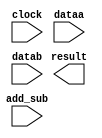
// megafunction wizard: %ALTFP_ADD_SUB%VBB%
// GENERATION: STANDARD
// VERSION: WM1.0
// MODULE: altfp_add_sub 

// ============================================================
// Megafunction Name(s):
// 			altfp_add_sub
//
// Simulation Library Files(s):
// 			lpm
// ============================================================
// ************************************************************
// THIS IS A WIZARD-GENERATED FILE. DO NOT EDIT THIS FILE!
//
// 12.1 Build 243 01/31/2013 SP 1 SJ Full Version
// ************************************************************

//Copyright (C) 1991-2012 Altera Corporation
//Your use of Altera Corporation's design tools, logic functions 
//and other software and tools, and its AMPP partner logic 
//functions, and any output files from any of the foregoing 
//(including device programming or simulation files), and any 
//associated documentation or information are expressly subject 
//to the terms and conditions of the Altera Program License 
//Subscription Agreement, Altera MegaCore Function License 
//Agreement, or other applicable license agreement, including, 
//without limitation, that your use is for the sole purpose of 
//programming logic devices manufactured by Altera and sold by 
//Altera or its authorized distributors.  Please refer to the 
//applicable agreement for further details.

module fp_add_sub (
	add_sub,
	clock,
	dataa,
	datab,
	result)/* synthesis synthesis_clearbox = 1 */;

	input	  add_sub;
	input	  clock;
	input	[31:0]  dataa;
	input	[31:0]  datab;
	output	[31:0]  result;

endmodule

// ============================================================
// CNX file retrieval info
// ============================================================
// Retrieval info: PRIVATE: FPM_FORMAT NUMERIC "0"
// Retrieval info: PRIVATE: INTENDED_DEVICE_FAMILY STRING "Stratix III"
// Retrieval info: PRIVATE: SYNTH_WRAPPER_GEN_POSTFIX STRING "0"
// Retrieval info: PRIVATE: WIDTH_DATA NUMERIC "32"
// Retrieval info: LIBRARY: altera_mf altera_mf.altera_mf_components.all
// Retrieval info: CONSTANT: DENORMAL_SUPPORT STRING "NO"
// Retrieval info: CONSTANT: DIRECTION STRING "VARIABLE"
// Retrieval info: CONSTANT: INTENDED_DEVICE_FAMILY STRING "Stratix III"
// Retrieval info: CONSTANT: OPTIMIZE STRING "SPEED"
// Retrieval info: CONSTANT: PIPELINE NUMERIC "7"
// Retrieval info: CONSTANT: REDUCED_FUNCTIONALITY STRING "NO"
// Retrieval info: CONSTANT: WIDTH_EXP NUMERIC "8"
// Retrieval info: CONSTANT: WIDTH_MAN NUMERIC "23"
// Retrieval info: USED_PORT: add_sub 0 0 0 0 INPUT NODEFVAL "add_sub"
// Retrieval info: USED_PORT: clock 0 0 0 0 INPUT NODEFVAL "clock"
// Retrieval info: USED_PORT: dataa 0 0 32 0 INPUT NODEFVAL "dataa[31..0]"
// Retrieval info: USED_PORT: datab 0 0 32 0 INPUT NODEFVAL "datab[31..0]"
// Retrieval info: USED_PORT: result 0 0 32 0 OUTPUT NODEFVAL "result[31..0]"
// Retrieval info: CONNECT: @add_sub 0 0 0 0 add_sub 0 0 0 0
// Retrieval info: CONNECT: @clock 0 0 0 0 clock 0 0 0 0
// Retrieval info: CONNECT: @dataa 0 0 32 0 dataa 0 0 32 0
// Retrieval info: CONNECT: @datab 0 0 32 0 datab 0 0 32 0
// Retrieval info: CONNECT: result 0 0 32 0 @result 0 0 32 0
// Retrieval info: GEN_FILE: TYPE_NORMAL fp_add_sub.v TRUE
// Retrieval info: GEN_FILE: TYPE_NORMAL fp_add_sub.inc FALSE
// Retrieval info: GEN_FILE: TYPE_NORMAL fp_add_sub.cmp FALSE
// Retrieval info: GEN_FILE: TYPE_NORMAL fp_add_sub.bsf FALSE
// Retrieval info: GEN_FILE: TYPE_NORMAL fp_add_sub_inst.v FALSE
// Retrieval info: GEN_FILE: TYPE_NORMAL fp_add_sub_bb.v TRUE
// Retrieval info: LIB_FILE: lpm